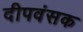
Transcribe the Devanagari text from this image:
दीपवंसक